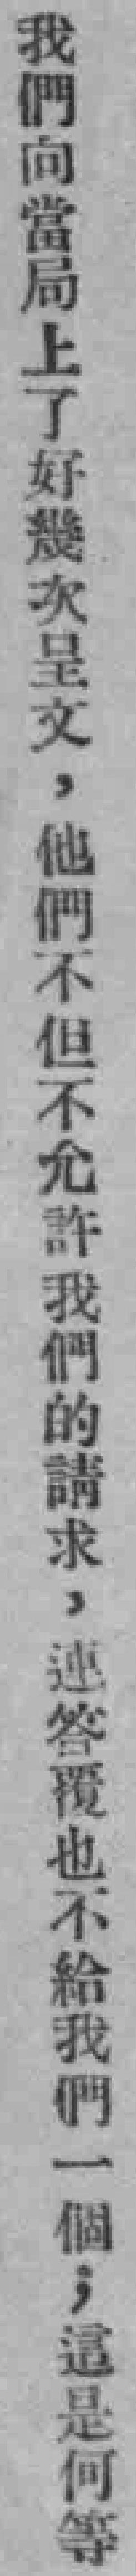
我們向當局上了好幾次呈文，他們不但不允許我們的請求，連答覆也不給我們一個，這是何等